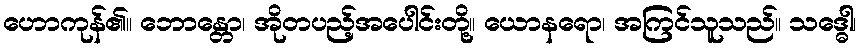
ဟောကုန်၏။ ဘောန္တော၊ အိုတပည့်အပေါင်းတို့။ ယောနရော၊ အကြင်သူသည်။ သဒ္ဓေါ၊